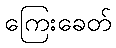
ကြေးခေတ်